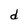
Character: d